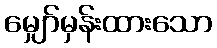
မျှော်မှန်းထားသော